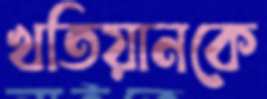
খতিয়ানকে